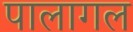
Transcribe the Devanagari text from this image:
पालागल